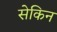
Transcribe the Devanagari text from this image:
सेकिन